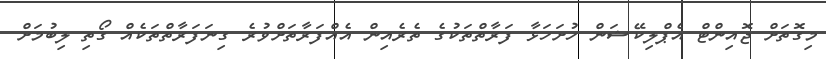
މިގޮތަށް ޖޮއިންޓް އެޕްލިކޭޝަން ހުށަހަޅާ ފަރާތްތަކުގެ ތެރެއިން އެއްފަރާތަށްވުރެ ގިނަފަރާތްތަކެއް ގޯތި ލިބުމަށް